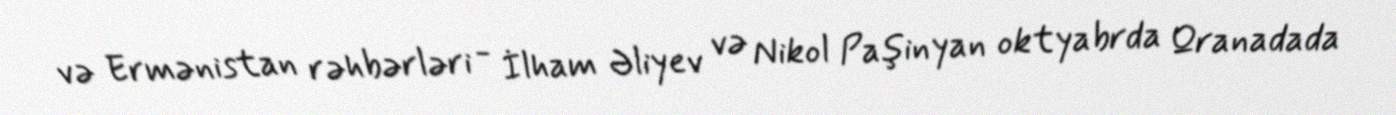
və Ermənistan rəhbərləri - İlham Əliyev və Nikol Paşinyan oktyabrda Qranadada